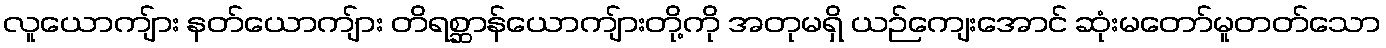
လူယောကျ်ား နတ်ယောကျ်ား တိရစ္ဆာန်ယောကျ်ားတို့ကို အတုမရှိ ယဉ်ကျေးအောင် ဆုံးမတော်မူတတ်သော